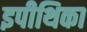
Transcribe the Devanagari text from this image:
इपीथिका